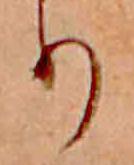
り